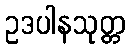
ဥဒပါနသုတ္တ